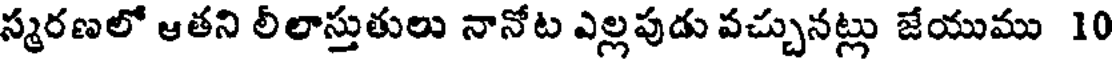
స్మరణలో ఆతని లీలాస్తుతులు నానోట ఎల్లపుడు వచ్చునట్లు జేయుము 10